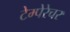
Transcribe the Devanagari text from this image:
टेम्पेरेचर